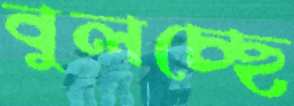
বুলচ্ছে